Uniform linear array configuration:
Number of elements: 64
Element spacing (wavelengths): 1
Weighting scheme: blackman
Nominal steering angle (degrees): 15
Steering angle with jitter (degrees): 14.312
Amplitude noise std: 0.05
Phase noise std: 0.05

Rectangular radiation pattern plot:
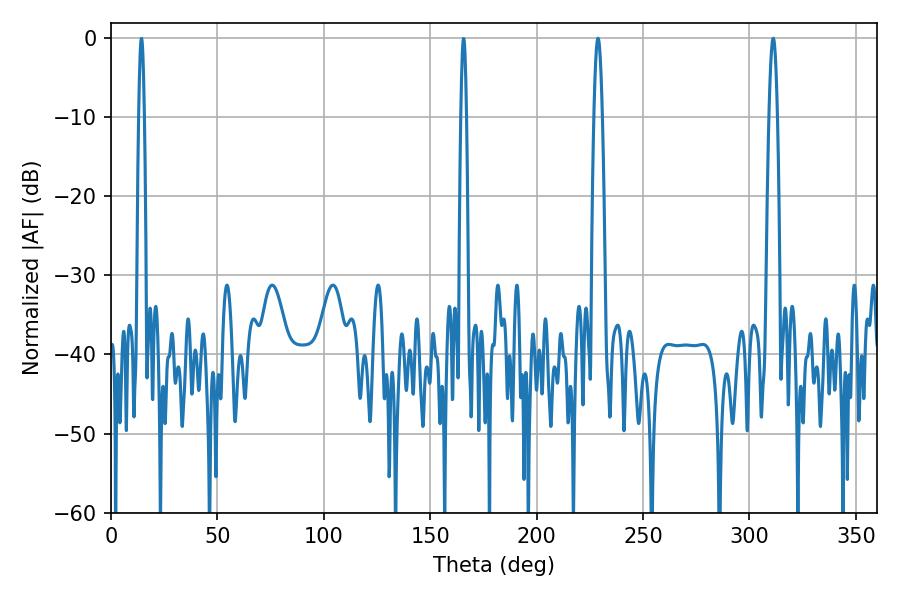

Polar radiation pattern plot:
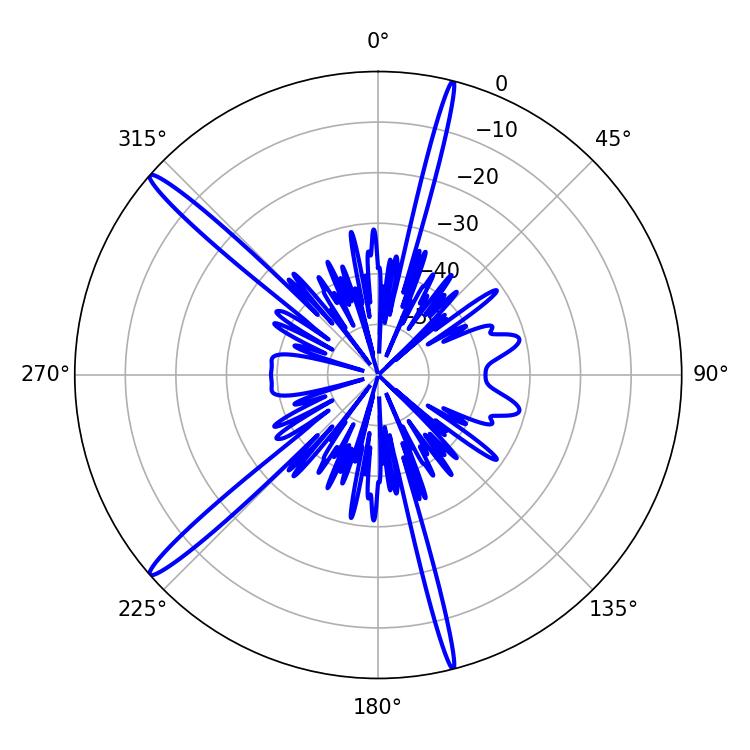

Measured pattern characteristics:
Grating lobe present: TRUE
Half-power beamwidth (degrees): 1.98
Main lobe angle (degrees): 228.78